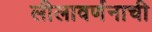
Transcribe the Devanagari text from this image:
लीलावर्णनाची